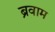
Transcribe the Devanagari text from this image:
ब्रवाम